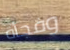
وفجأة